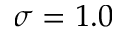
\sigma = 1 . 0